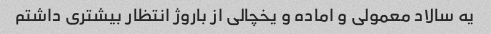
یه سالاد معمولی و اماده و یخچالی از باروژ انتظار بیشتری داشتم